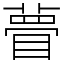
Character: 瞢